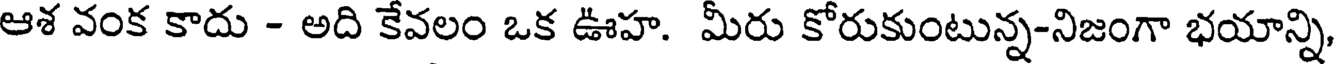
ఆశ వంక కాదు - అది కేవలం ఒక ఊహ. మీరు కోరుకుంటున్న-నిజంగా భయాన్ని